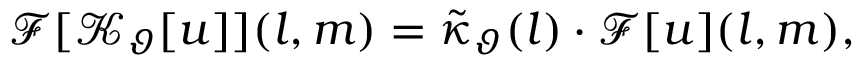
\mathcal { F } [ \mathcal { K } _ { \vartheta } [ u ] ] ( l , m ) = \tilde { \kappa } _ { \vartheta } ( l ) \cdot \mathcal { F } [ u ] ( l , m ) ,